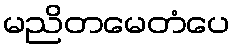
မညိတမေတံပေ